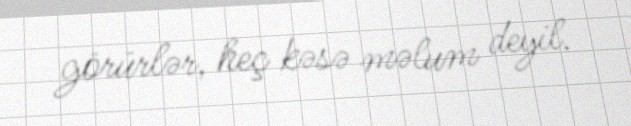
görürlər, heç kəsə məlum deyil.